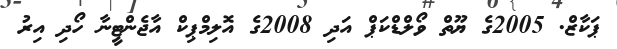
ޕަކާޒް. 2005ގެ ޔޫތް ވޯލްޑްކަޕް އަދި 2008ގެ އޮލިމްޕިކް އާޖެންޓީނާ ހޯދި އިރު